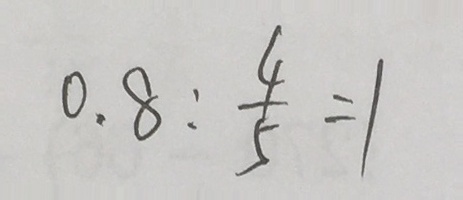
0 . 8 : \frac { 4 } { 5 } = 1